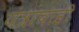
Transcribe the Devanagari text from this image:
यंत्राचाही